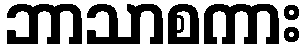
ဘာသာစကား